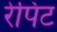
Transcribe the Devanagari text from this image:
रेपिट